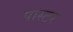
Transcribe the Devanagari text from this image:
पास्‍टर